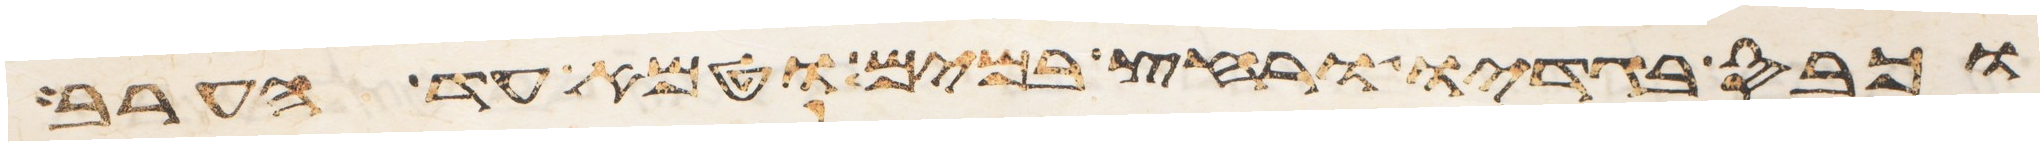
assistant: וכבס בגדיו ורחץ במים וטמא עד הערב